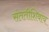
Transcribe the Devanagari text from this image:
संततीशिवाय